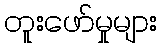
တူးဖော်မှုများ